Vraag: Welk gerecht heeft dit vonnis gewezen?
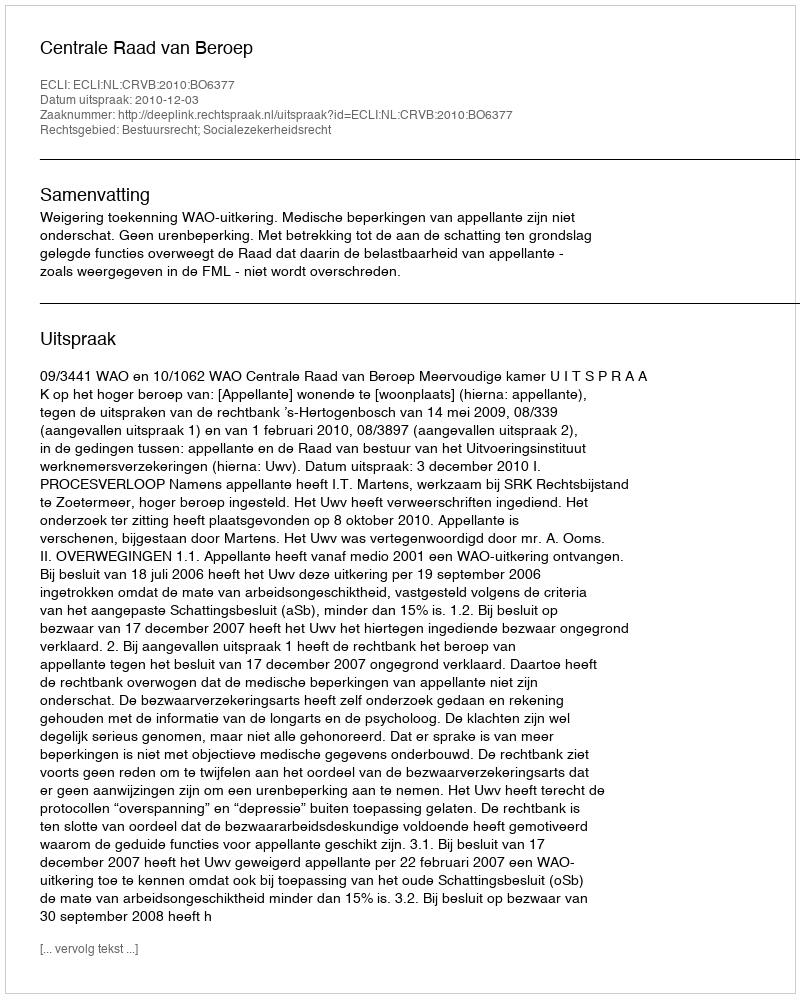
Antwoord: Centrale Raad van Beroep